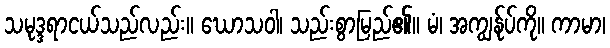
သမုဒ္ဒရာငယ်သည်လည်း။ ဃောသဝါ၊ သည်းစွာမြည်၏။ မံ၊ အကျွန်ုပ်ကို။ ကာမာ၊